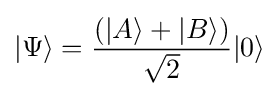
|\Psi \rangle ={\frac {(|A\rangle +|B\rangle )}{\sqrt {2}}}|0\rangle